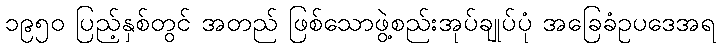
၁၉၅၀ ပြည့်နှစ်တွင် အတည် ဖြစ်သောဖွဲ့စည်းအုပ်ချုပ်ပုံ အခြေခံဥပဒေအရ